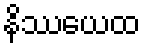
နိဿယေထ